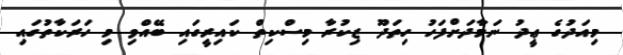
މިއަދުގެ ޢީދު ނަމާދަށްފަހު ހިތަދޫ ޒިކުރާ މިސްކިތް ކައިރީގައި ބޭއްވި މި ހަރަކާތުގައި